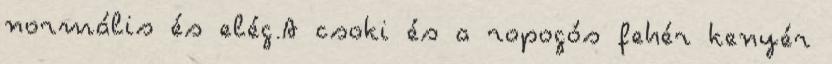
normális és elég.A csoki és a ropogós fehér kenyér